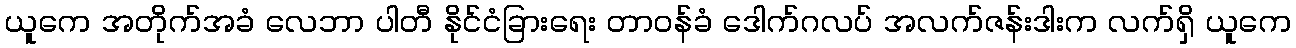
ယူကေ အတိုက်အခံ လေဘာ ပါတီ နိုင်ငံခြားရေး တာဝန်ခံ ဒေါက်ဂလပ် အလက်ဇန်းဒါးက လက်ရှိ ယူကေ